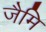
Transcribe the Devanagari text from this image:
जैमि